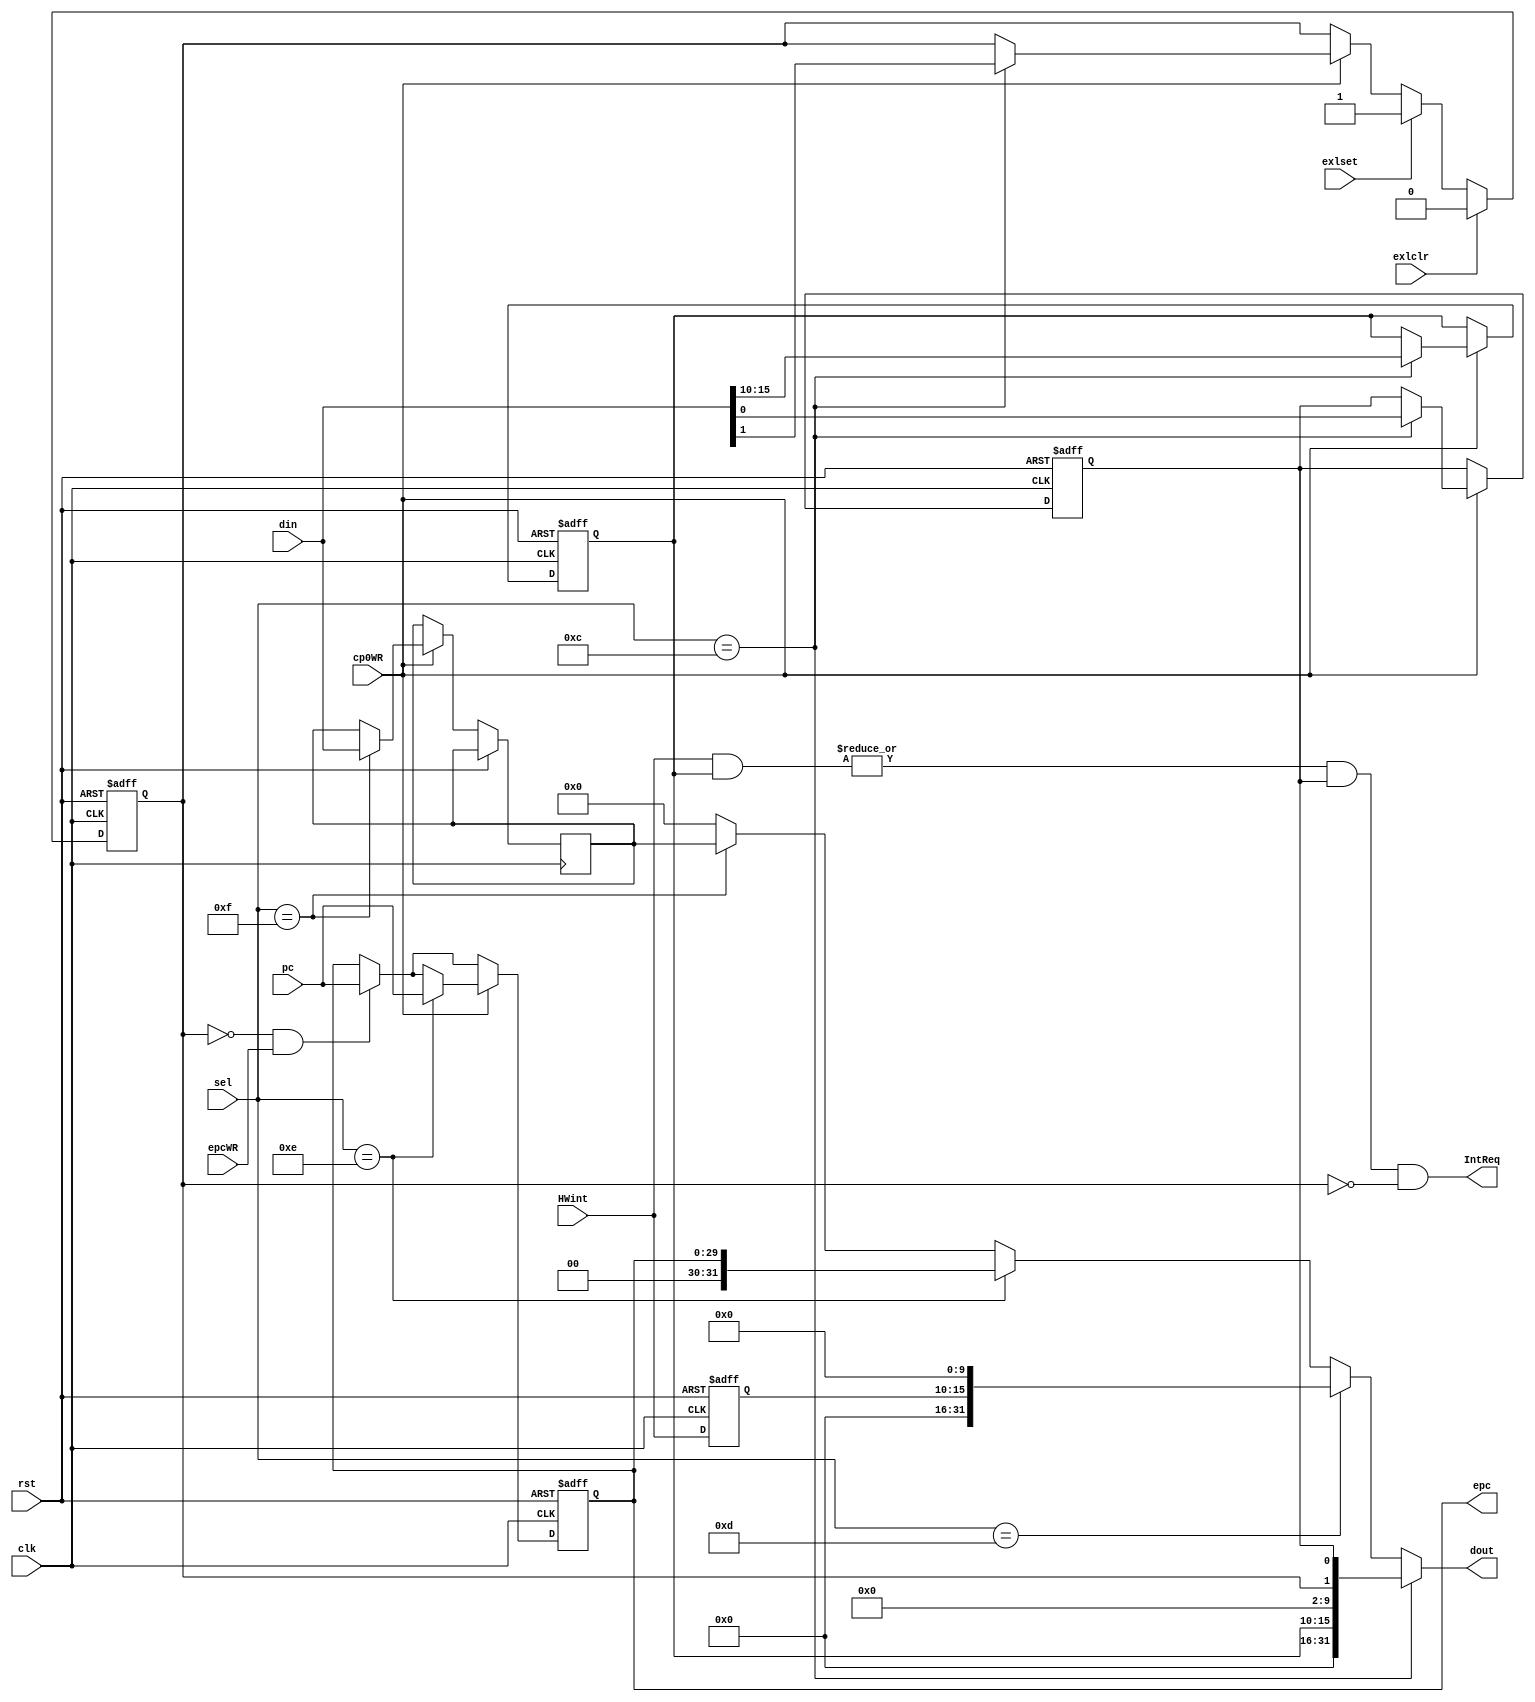
module cp0(pc,din,HWint,sel,cp0WR,epcWR,exlset,exlclr,clk,rst,IntReq,epc,dout);
  input [31:2] pc;
  input [7:2] HWint;//cause
  input [3:0] sel;
  input cp0WR, exlset,exlclr,clk,rst,epcWR;
  input [31:0] din;
  
  output [31:2] epc;
  output [31:0] dout;
  output IntReq;
  
  reg [7:2]im;
  reg exl,ie;
  wire [31:0] SR;//SR
  reg [7:2] cause;
  wire[31:0] CAUSE;//cause
  reg [31:2] EPC;
  reg [31:0]PRId=32'h21074113;
  
  assign SR={16'b0,im,8'b0,exl,ie};
  assign CAUSE={16'b0,cause,10'b0};
  always@(posedge clk,posedge rst)
  begin
    if(rst)
      begin
        im=0;
        exl=0;
        ie=0;
        cause=0;
        EPC=0;
      end
    else
      begin
      cause=HWint;
      if(~exl&&epcWR)
      begin
        EPC<=pc;
      end
      
      if(cp0WR)
        case(sel)
          4'b1100:{im,exl,ie}<={din[15:10],din[1],din[0]};//SR
          4'b1101:cause<=HWint;//cause
          4'b1110:EPC<=pc[31:2];
          4'b1111:PRId<=din;
        endcase
        
      if(exlset)
        exl<=1;
      if(exlclr)
        exl<=0;
      end
      

  end
  assign dout = (sel==12)? SR://SR
                (sel==13)? CAUSE ://cause
                (sel==14)? EPC://epc
                (sel==15)? PRId:32'b0 ;
  assign epc=EPC; 
  assign IntReq =|(HWint[7:2]&im[7:2])&ie&!exl ;
endmodule